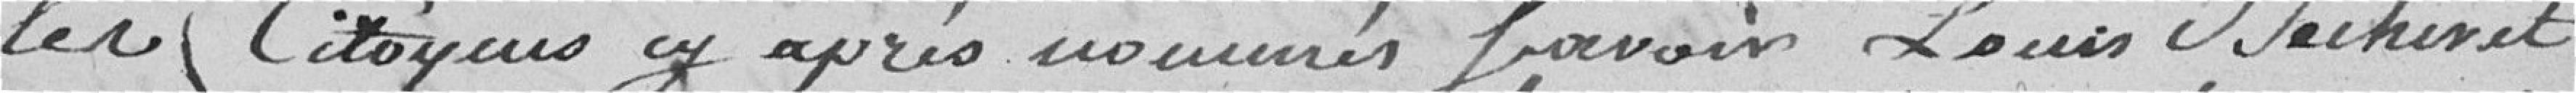
les Citoyens cy après nommés savoir Louis Mechinet